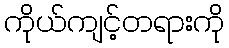
ကိုယ်ကျင့်တရားကို